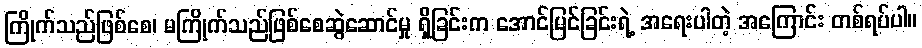
ကြိုက်သည်ဖြစ်စေ၊ မကြိုက်သည်ဖြစ်စေဆွဲဆောင်မှု ရှိခြင်းက အောင်မြင်ခြင်းရဲ့ အရေးပါတဲ့ အကြောင်း တစ်ရပ်ပါ။